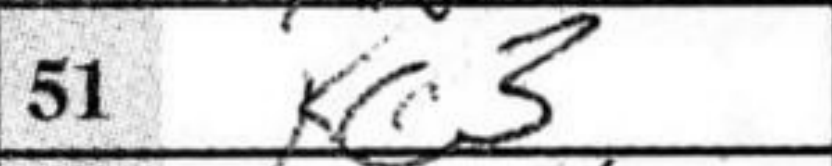
Transcription: Kc3